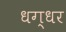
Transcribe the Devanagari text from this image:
धग्धर